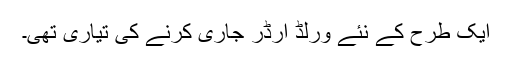
ایک طرح کے نئے ورلڈ آرڈر جاری کرنے کی تیاری تھی۔